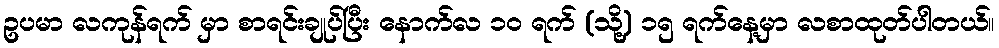
ဥပမာ လကုန်ရက် မှာ စာရင်းချုပ်ပြီး နောက်လ ၁၀ ရက် (သို့) ၁၅ ရက်နေ့မှာ လစာထုတ်ပါတယ်။